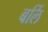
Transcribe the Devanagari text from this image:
बर्लि